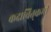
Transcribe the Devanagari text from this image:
कदाचित्‌कभी